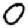
Digit: 0